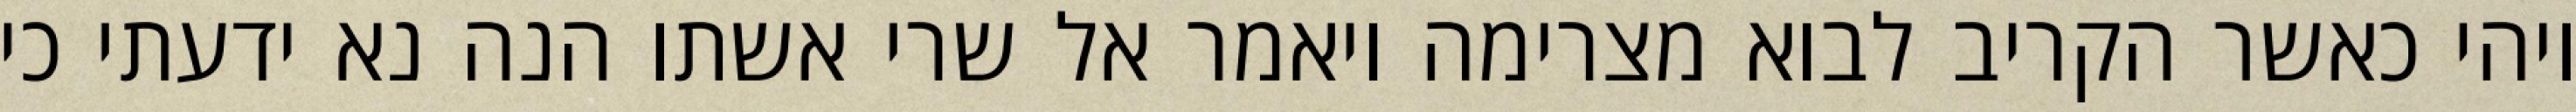
ויהי כאשר הקריב לבוא מצרימה ויאמר אל שרי אשתו הנה נא ידעתי כי